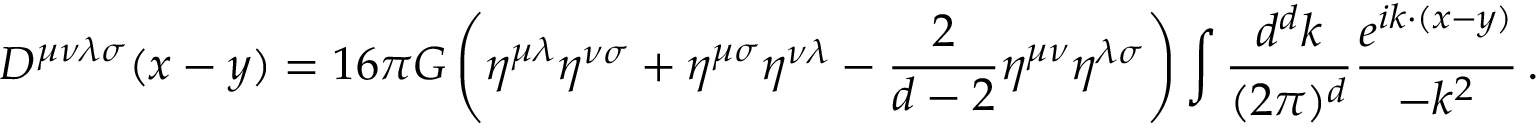
D ^ { \mu \nu \lambda \sigma } ( x - y ) = 1 6 \pi G \left( \eta ^ { \mu \lambda } \eta ^ { \nu \sigma } + \eta ^ { \mu \sigma } \eta ^ { \nu \lambda } - { \frac { 2 } { d - 2 } } \eta ^ { \mu \nu } \eta ^ { \lambda \sigma } \right) \int { \frac { d ^ { d } k } { ( 2 \pi ) ^ { d } } } { \frac { e ^ { i k \cdot ( x - y ) } } { - k ^ { 2 } } } \, .